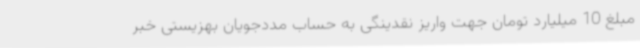
مبلغ 10 میلیارد تومان جهت واریز نقدینگی به حساب مددجویان بهزیستی خبر